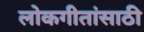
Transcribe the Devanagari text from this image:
लोकगीतांसाठी